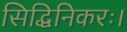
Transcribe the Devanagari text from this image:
सिद्धिनिकरः।